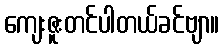
ကျေးဇူးတင်ပါတယ်ခင်ဗျာ။